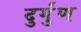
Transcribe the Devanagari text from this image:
दुर्गुंण